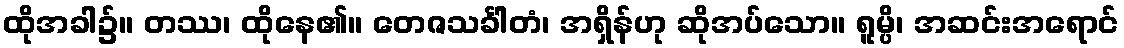
ထိုအခါ၌။ တဿ၊ ထိုနေ၏။ တေဇသင်္ခါတံ၊ အရှိန်ဟု ဆိုအပ်သော။ ရူမ္ပိ၊ အဆင်းအရောင်